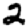
Digit: 2